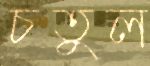
চতুল